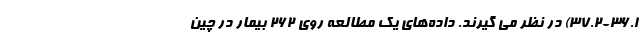
37.2-36.1) در نظر می گیرند. داده‌های یک مطالعه روی 262 بیمار در چین